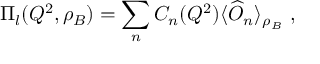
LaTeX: \Pi _ { l } ( Q ^ { 2 } , \rho _ { B } ) = \sum _ { n } C _ { n } ( Q ^ { 2 } ) \langle \widehat { O } _ { n } \rangle _ { \rho _ { B } } \ ,